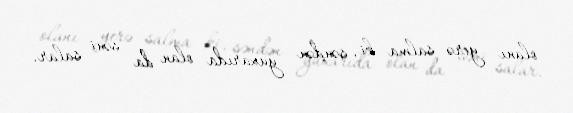
olanı yerə salma ki, səndən yuxarıda olan da səni salar.